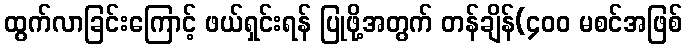
ထွက်လာခြင်းကြောင့် ဖယ်ရှင်းရန် ပြုဖို့အတွက် တန်ချိန်(၄၀၀ မစင်အဖြစ်